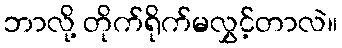
ဘာလို့ တိုက်ရိုက်မလွှင့်တာလဲ။